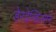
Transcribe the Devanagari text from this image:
डेरडेव्हिल्सने